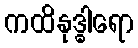
ကထိနုဒ္ဓါရော